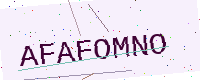
Text: AFAFOMNO